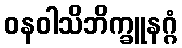
ဝနဝါသိဘိက္ခူနဂ္ဂံ